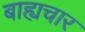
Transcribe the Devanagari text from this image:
बाह्यचार